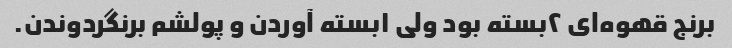
برنج قهوه‌ای ۲بسته بود ولی ۱بسته آوردن و پولشم برنگردوندن.